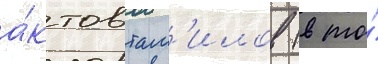
а́ктов там'илов (в то́